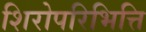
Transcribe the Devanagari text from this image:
शिरोपरिभित्ति